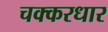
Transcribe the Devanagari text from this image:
चक्करधार